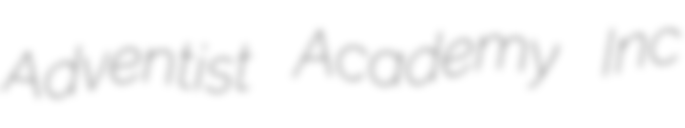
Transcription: Adventist Academy Inc